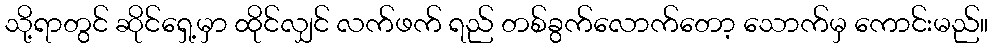
သို့ရာတွင် ဆိုင်ရှေ့မှာ ထိုင်လျှင် လက်ဖက် ရည် တစ်ခွက်လောက်တော့ သောက်မှ ကောင်းမည်။